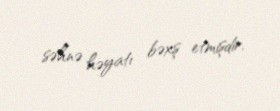
səhnə həyatı bəxş etmişdir.